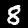
Label: 8